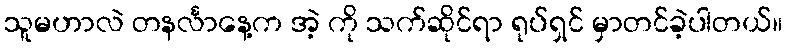
သူမဟာလဲ တနင်္လာနေ့က အဲ့ ကို သက်ဆိုင်ရာ ရုပ်ရှင် မှာတင်ခဲ့ပါတယ်။